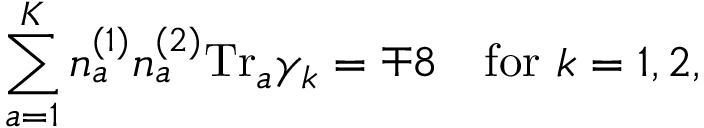
\sum _ { a = 1 } ^ { K } n _ { a } ^ { ( 1 ) } n _ { a } ^ { ( 2 ) } \mathrm { T r } _ { a } \gamma _ { k } = \mp 8 \ \ \ \mathrm { f o r } \ k = 1 , 2 ,